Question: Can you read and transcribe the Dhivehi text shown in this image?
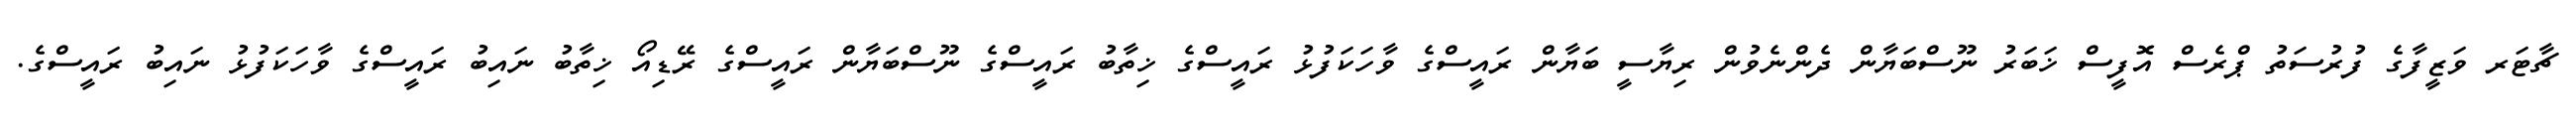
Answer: ޗާޓަރ ވަޒީފާގެ ފުރުސަތު ޕްރެސް އޮފީސް ޚަބަރު ނޫސްބަޔާން ދެންނެވުން ރިޔާސީ ބަޔާން ރައީސްގެ ވާހަކަފުޅު ރައީސްގެ ޚިތާބު ރައީސްގެ ނޫސްބަޔާން ރައީސްގެ ރޭޑިއޯ ޚިތާބު ނައިބު ރައީސްގެ ވާހަކަފުޅު ނައިބު ރައީސްގެ.